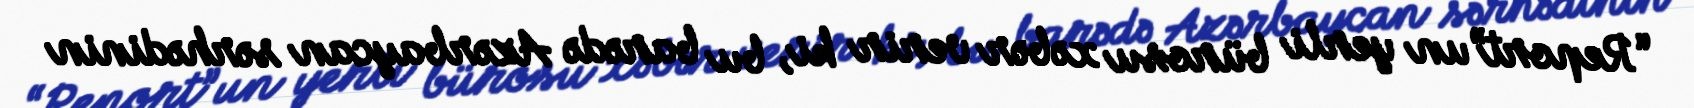
“Report”un yerli bürosu xəbər verir ki, bu barədə Azərbaycan sərhədinin